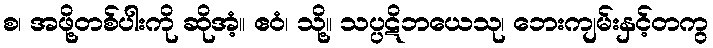
စ၊ အဖို့တစ်ပါးကို ဆိုအံ့။ ဧဝံ၊ သို့။ သပ္ပဋိဘယေသု၊ ဘေးကျမ်းနှင့်တကွ